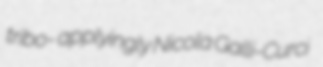
tribo- applyingly Nicola Galli-Curci